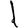
Digit: 1